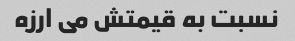
نسبت به قیمتش می ارزه